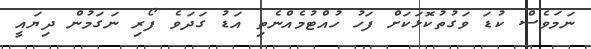
ނަމަވެސް ކުޑަ ވަގުތުކޮޅަކަށް ފަހު ހުއްޓުމެއްނެތި އަޑު ގަދަވެ ފޯރި ނަގަމުން ދިޔައީ